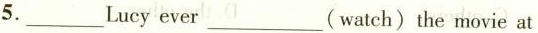
5.___ Lucy ever ___(watch)the movie at